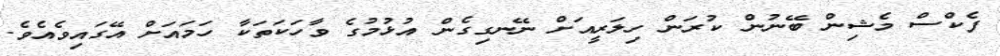
ފެކްސް މެޝިން ބޭނުން ކުރަން ހިލަރީއަށް ނޭނގިގެން އުޅުމުގެ ވާހަކަތަކާ ހަމައަށް އޭގައިވެއެވެ.